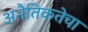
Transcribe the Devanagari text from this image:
अनैतिकतेचा